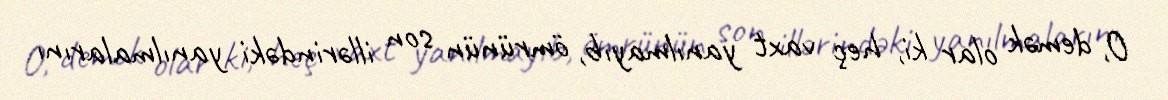
O, demək olar ki, heç vaxt yanılmayıb, ömrünün son illərindəki yanılmalarını